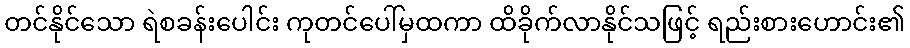
တင်နိုင်သော ရဲစခန်းပေါင်း ကုတင်ပေါ်မှထကာ ထိခိုက်လာနိုင်သဖြင့် ရည်းစားဟောင်း၏